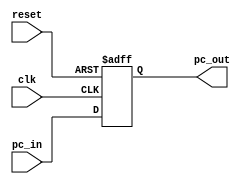
//*modified 
module pc //program counter with pipe reg 
#(parameter width =32)
(input clk ,
input reset ,
input [width-1:0] pc_in,
output reg  [width-1:0] pc_out
);

always @ (posedge clk,negedge reset )begin
if(!reset)
pc_out<={width{1'b0}};
else 
pc_out<=pc_in;
end
endmodule